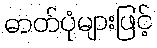
ဓာတ်ပုံများဖြင့်